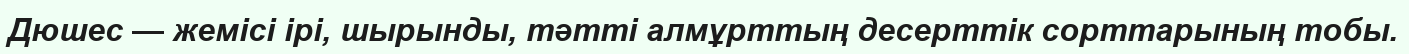
Дюшес — жемісі ірі, шырынды, тәтті алмұрттың десерттік сорттарының тобы.